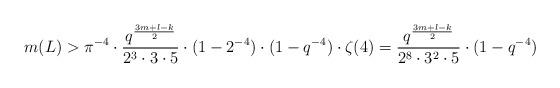
LaTeX: \begin{align*}m(L)>\pi^{-4}\cdot\frac{q^\frac{3m+l-k}{2}}{2^3\cdot 3\cdot 5} \cdot (1-2^{-4})\cdot (1-q^{-4})\cdot \zeta(4)=\frac{q^\frac{3m+l-k}{2}}{2^8\cdot 3^2\cdot 5}\cdot (1-q^{-4})\end{align*}